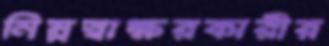
নিম্নস্বাক্ষরকারীর